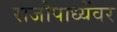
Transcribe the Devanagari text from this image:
राजोपाध्येंवर